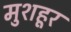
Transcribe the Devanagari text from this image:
मुशहूर